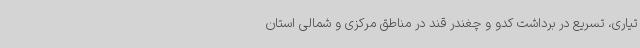
تیاری، تسریع در برداشت کدو و چغندر قند در مناطق مرکزی و شمالی استان